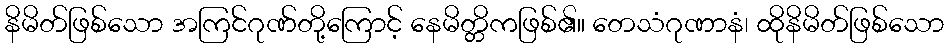
နိမိတ်ဖြစ်သော အကြင်ဂုဏ်တို့ကြောင့် နေမိတ္တိကဖြစ်၏။ တေသံဂုဏာနံ၊ ထိုနိမိတ်ဖြစ်သော